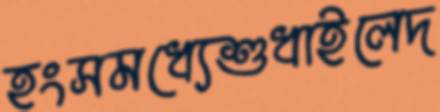
হংসমধ্যেশুধাইলেদ